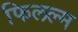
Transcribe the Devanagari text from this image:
फिलल्म